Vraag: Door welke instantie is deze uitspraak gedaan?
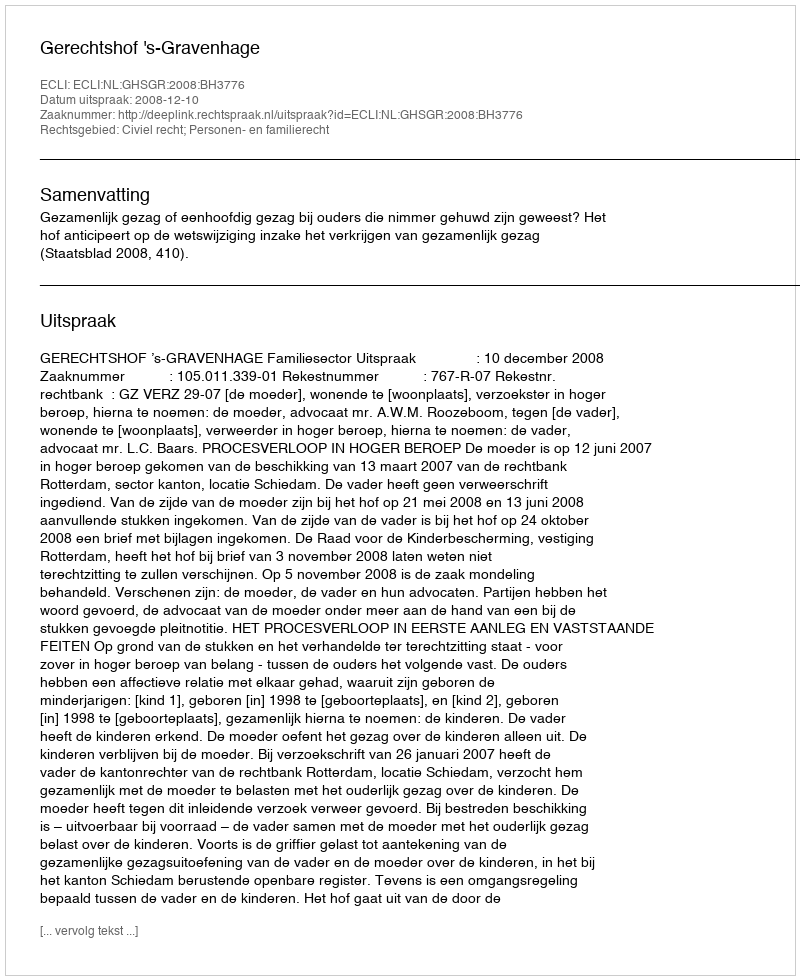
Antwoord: Gerechtshof 's-Gravenhage